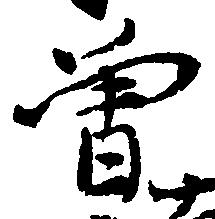
曽